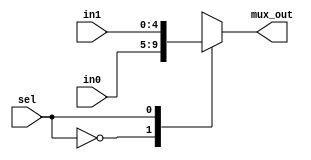
`timescale 1ns/100ps

module multiplexor #(parameter WIDTH = 5) (
    input wire sel,
    input wire [WIDTH-1:0] in0,
    input wire [WIDTH-1:0] in1,
    output reg [WIDTH-1:0] mux_out
);

always @(*) begin
    case(sel)
        'd0: mux_out = in0;
        'd1: mux_out = in1;
        default: mux_out = in0;
    endcase
end

endmodule